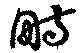
畤